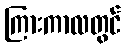
ကြားကာလတွင်